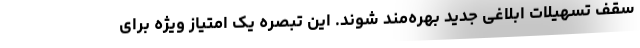
سقف تسهیلات ابلاغی جدید بهره‌مند شوند. این تبصره یک امتیاز ویژه برای